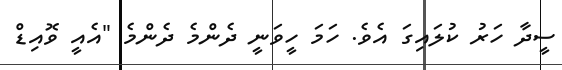
ސީދާ ހަރު ކުލައިގަ އެވެ. ހަމަ ހީވަނީ ދެންމެ ދެންމެ "އެއީ ވޮއިޑް